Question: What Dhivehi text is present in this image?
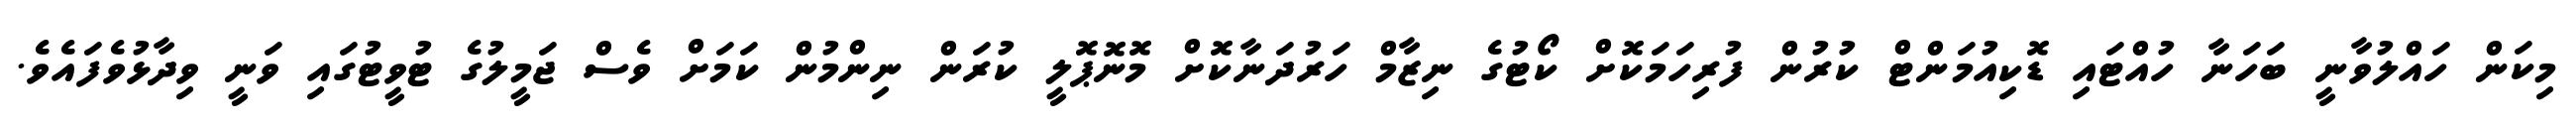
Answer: މިކަން ހައްލުވާނީ ބަހަނާ ހުއްޓައި ޑޮކިއުމަންޓް ކުރުން ފުރިހަމަކޮށް ކޯޓުގެ ނިޒާމް ހަރުދަނާކޮށް މޮނޮޕޮލީ ކުރަން ނިންމުން ކަމަށް ވެސް ޖަމީލުގެ ޓުވީޓުގައި ވަނީ ވިދާޅުވެފައެވެ.